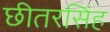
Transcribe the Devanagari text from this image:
छीतरसिंह